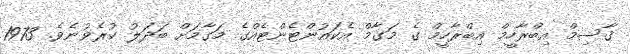
ޤާސިމް އިބްރާހީމް އިބްރާހީމް ގެ މަގާމް އެކައުންޓެންޓެއްގެ މަގާމަށް ބަދަލު ކުރެވުނެވެ. 1973